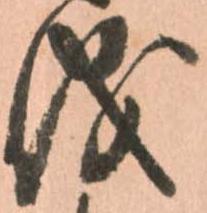
儀